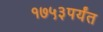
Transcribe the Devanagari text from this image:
१७५३पर्यंत